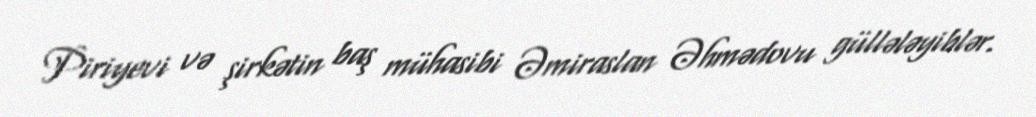
Piriyevi və şirkətin baş mühasibi Əmiraslan Əhmədovu güllələyiblər.